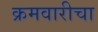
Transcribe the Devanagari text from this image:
क्रमवारीचा